Report on vaccination in Madras 1922-1929 - 1922-1929
Year: 1922
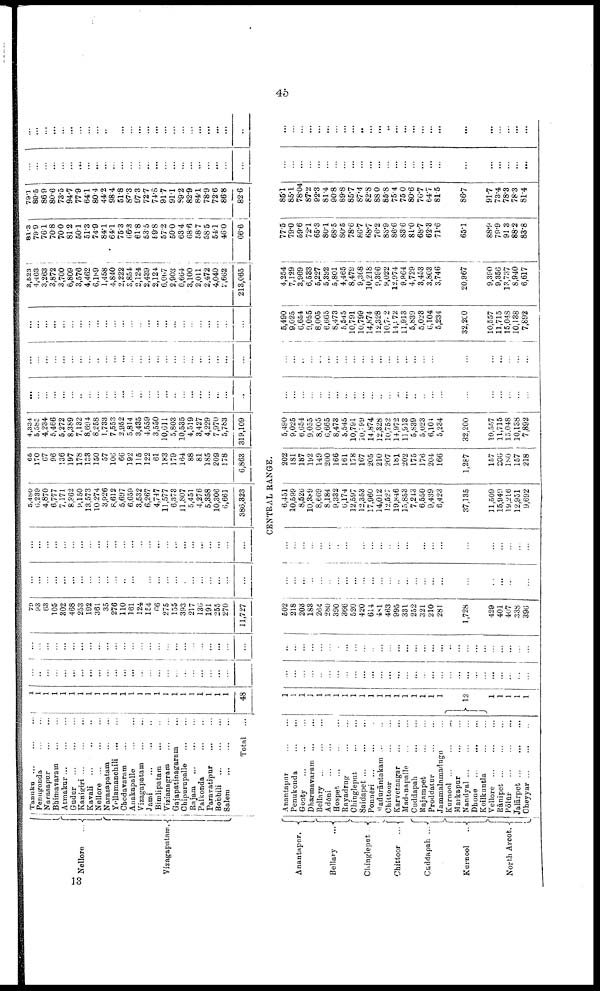
45
Nellore
...
Vizagapatam.
Tanuku ... ... ...
Penugouda ... ...
Narasapur ... ...
Bhimavaram
...
...
Atmakur
...
...
...
Gudur
...
...
...
Kanigiri
...
...
...
Kavali ... ... ...
Nellore
...
...
...
Narasapatam
...
...
Yellamanchili
...
...
Chodavaram ... ...
Anakapalle
...
...
Vizagapatam ... ...
Jami
...
...
...
Bimlipatam
...
...
Vizianagram
...
...
Gajapatinagaram ...
Chipurupalle ... ...
Rajam
...
...
...
Palkonda ... ...
Paravatipnr
...
...
Bobbili
...
...
...
Salem ... ... ...
Total ...
1
1
1
1
1
1
1
1
1
1
1
1
1
1
1
1
1
1
1
1
1
1
1
1
48
...
...
...
... ...
...
...
...
...
...
...
...
...
...
...
...
...
...
...
...
...
...
...
...
...
...
...
...
... ...
...
...
...
...
...
...
...
...
...
...
...
...
...
...
...
...
...
...
...
...
70
93
63
105
302
468
253
192
361
35
276
110
161
124
154
66
275
155
393
217
136
191
255
270
11,727
...
...
...
...
...
...
...
...
...
...
...
...
...
...
...
...
...
...
...
...
...
...
...
...
...
...
...
...
...
...
...
...
...
...
...
...
...
...
...
...
...
...
...
...
...
...
...
...
...
...
5,480
6,239
4,870
6,777
7,171
8,862
9,150
13,573
10,274
3,926
8,612
5,697
6,659
3,532
6,267
4,747
11,577
6,373
11,807
5,451
4,276
5,358
10,306
6,661
386,323
65
170
67
96
136
197
178
138
150
57
106
66
192
115
122
61
183
179
164
88
81
185
209
178
6,863
4,334
5,585
4,234
5,466
5,272
8,389
7,132
8,694
8,258
1,733
7,553
2,952
5,814
3,435
4,559
3,550
10,611
5,803
10,535
4,519
3,427
4,229
7,970
5,783
319,109
...
...
...
...
...
...
...
...
...
...
...
...
...
...
...
...
...
...
...
...
...
...
...
...
...
...
...
...
...
...
...
...
...
...
...
...
...
...
...
...
...
...
... ...
...
...
...
...
...
...
...
...
...
...
...
...
...
...
...
...
...
...
...
...
...
...
...
...
...
...
...
...
...
...
...
8,523
4,468
3,263
3,872
3,700
6,809
3,576
4,462
6,189
1,458
4,840
2,222
3,854
2,124
2,439
2,124
6,067
2,903
6,664
3,100
2,011
2,472
4,040
2,662
213,065
81.3
79.9
76.1
70.8
70.0
81.2
50.1
51.3
74.9
84.1
64.1
75.3
66.3
61.8
53.5
59.8
57.2
50.0
63.4
68.6
58.7
58.5
54.1
46.0
66.6
79.1
89.5
86.9
80.6
73.5
94.7
77.9
64.1
80.4
44.2
98.4
51.8
87.3
97.3
72.7
74.8
91.7
91.1
89.2
82.9
84.1
78.9
72.6
86.8
82.6
...
...
...
...
...
...
...
...
...
...
...
...
...
...
...
...
...
...
...
...
...
...
...
...
...
...
...
...
...
...
...
...
...
...
...
...
...
...
...
...
...
...
...
...
...
...
...
...
...
...
CENTRAL RANGE.
Anantapur.
Bellary
...
Chingleput ...
Chittoor
...
Cuddapah ...
Kurnool ...
North Arcot.
Anantapur
...
...
Penukonda
...
...
Gooty ... ... ...
Dharmavaram
...
...
Bellary
...
...
...
Adōni ... ... ...
Hospet ... ... ...
Rayadrug
...
...
Chingleput
...
...
Saidapet
...
...
...
Ponnēri ... ... ...
Madurāntakam ... ...
Chittoor
...
...
...
Karvetnagar
...
...
Madanapalle
...
...
Cuddapah
...
...
Rajampet
...
...
Proddatur
...
...
Jammalnmadugu ...
Kurnool ... ... ...
Markapur
...
...
Nandyal
...
...
...
Dhone
...
...
...
Koilkuntla ... ...
Vellore
...
...
...
Rānipet
Pōlūr
...
...
...
Jalārpet ... ... ...
Cheyyar
...
...
...
1
1
1
1
1
1
1
1
1
1
1
1
1
1
1
1
1
1
1
12
1
1
1
1
1
...
...
...
...
...
...
...
...
...
...
...
...
...
...
...
...
...
...
...
...
...
...
...
...
...
...
...
...
...
...
...
...
...
...
...
...
...
...
...
...
...
...
...
...
...
...
...
...
...
...
...
...
...
...
...
...
...
...
502
218
203
183
264
280
390
366
520
420
614
481
463
995
331
252
321
210
281
1,728
429
401
407
338
396
...
...
...
...
...
...
...
...
...
....
...
...
...
...
...
...
...
...
...
...
...
...
...
...
...
...
...
...
...
...
...
...
...
...
...
...
...
...
...
...
...
...
...
...
...
...
...
...
...
...
6,451
10,599
8,526
10,389
8,669
8,184
9,332
6,174
12,597
12,353
17,960
14,012
12,527
19,846
15,853
7,243
6,550
9,439
6,423
37,135
11,509
15,949
19,216
12,951
9,692
202
181
187
192
149
200
166
161
178
167
205
210
207
181
202
175
176
204
166
1,287
157
206
180
157
218
5,490
9,025
6,654
9,055
8,005
6,665
8,473
5,545
10,791
10,799
14,874
12,328
10,752
14,972
11,913
5,839
5,023
6,104
5,234
32,200
10,557
11,715
15,048
10,138
7,892
...
...
...
...
...
...
...
...
...
...
...
...
...
...
...
...
...
...
...
...
...
... ...
...
...
...
...
...
...
..
...
...
...
...
...
...
...
...
...
...
...
...
...
...
...
...
...
...
...
...
5,490
9,025
6,654
9,055
8,005
6,665
8,473
5,545
10,791
10,799
14,874
12,328
10,702
14,172
11,913
5,839
5,023
6,104
5,234
32,200
10,557
11,715
15,048
10,138
7,892
4,254
7,129
3,969
6,583
5,227
5,392
5,801
4,465
8,479
9,368
10,218
9,396
9,022
12,974
9,964
4,729
8,453
3,803
3,746
20,967
9,390
9,356
13,737
8,940
6,617
77.5
79.0
59.6
72.1
65.3
80.1
68.5
80.5
78.6
86.7
68.7
76.2
83.9
86.6
83.6
81.0
68.7
62.8
71.6
65.1
88.9
79.9
91.3
88.2
83.8
85.1
85.1
78.04
87.2
92.3
81.4
90.8
89.8
85.7
87.4
82.8
88.0
85.8
75.4
75.0
80.6
76.7
64.7
81.5
86.7
91.7
73.4
78.3
78.3
81.4
...
...
...
...
...
...
...
...
...
...
...
...
...
...
...
...
...
...
...
...
...
...
...
...
...
...
...
...
...
...
...
...
...
...
...
...
...
...
...
...
...
...
...
...
...
...
...
...
...
...
13